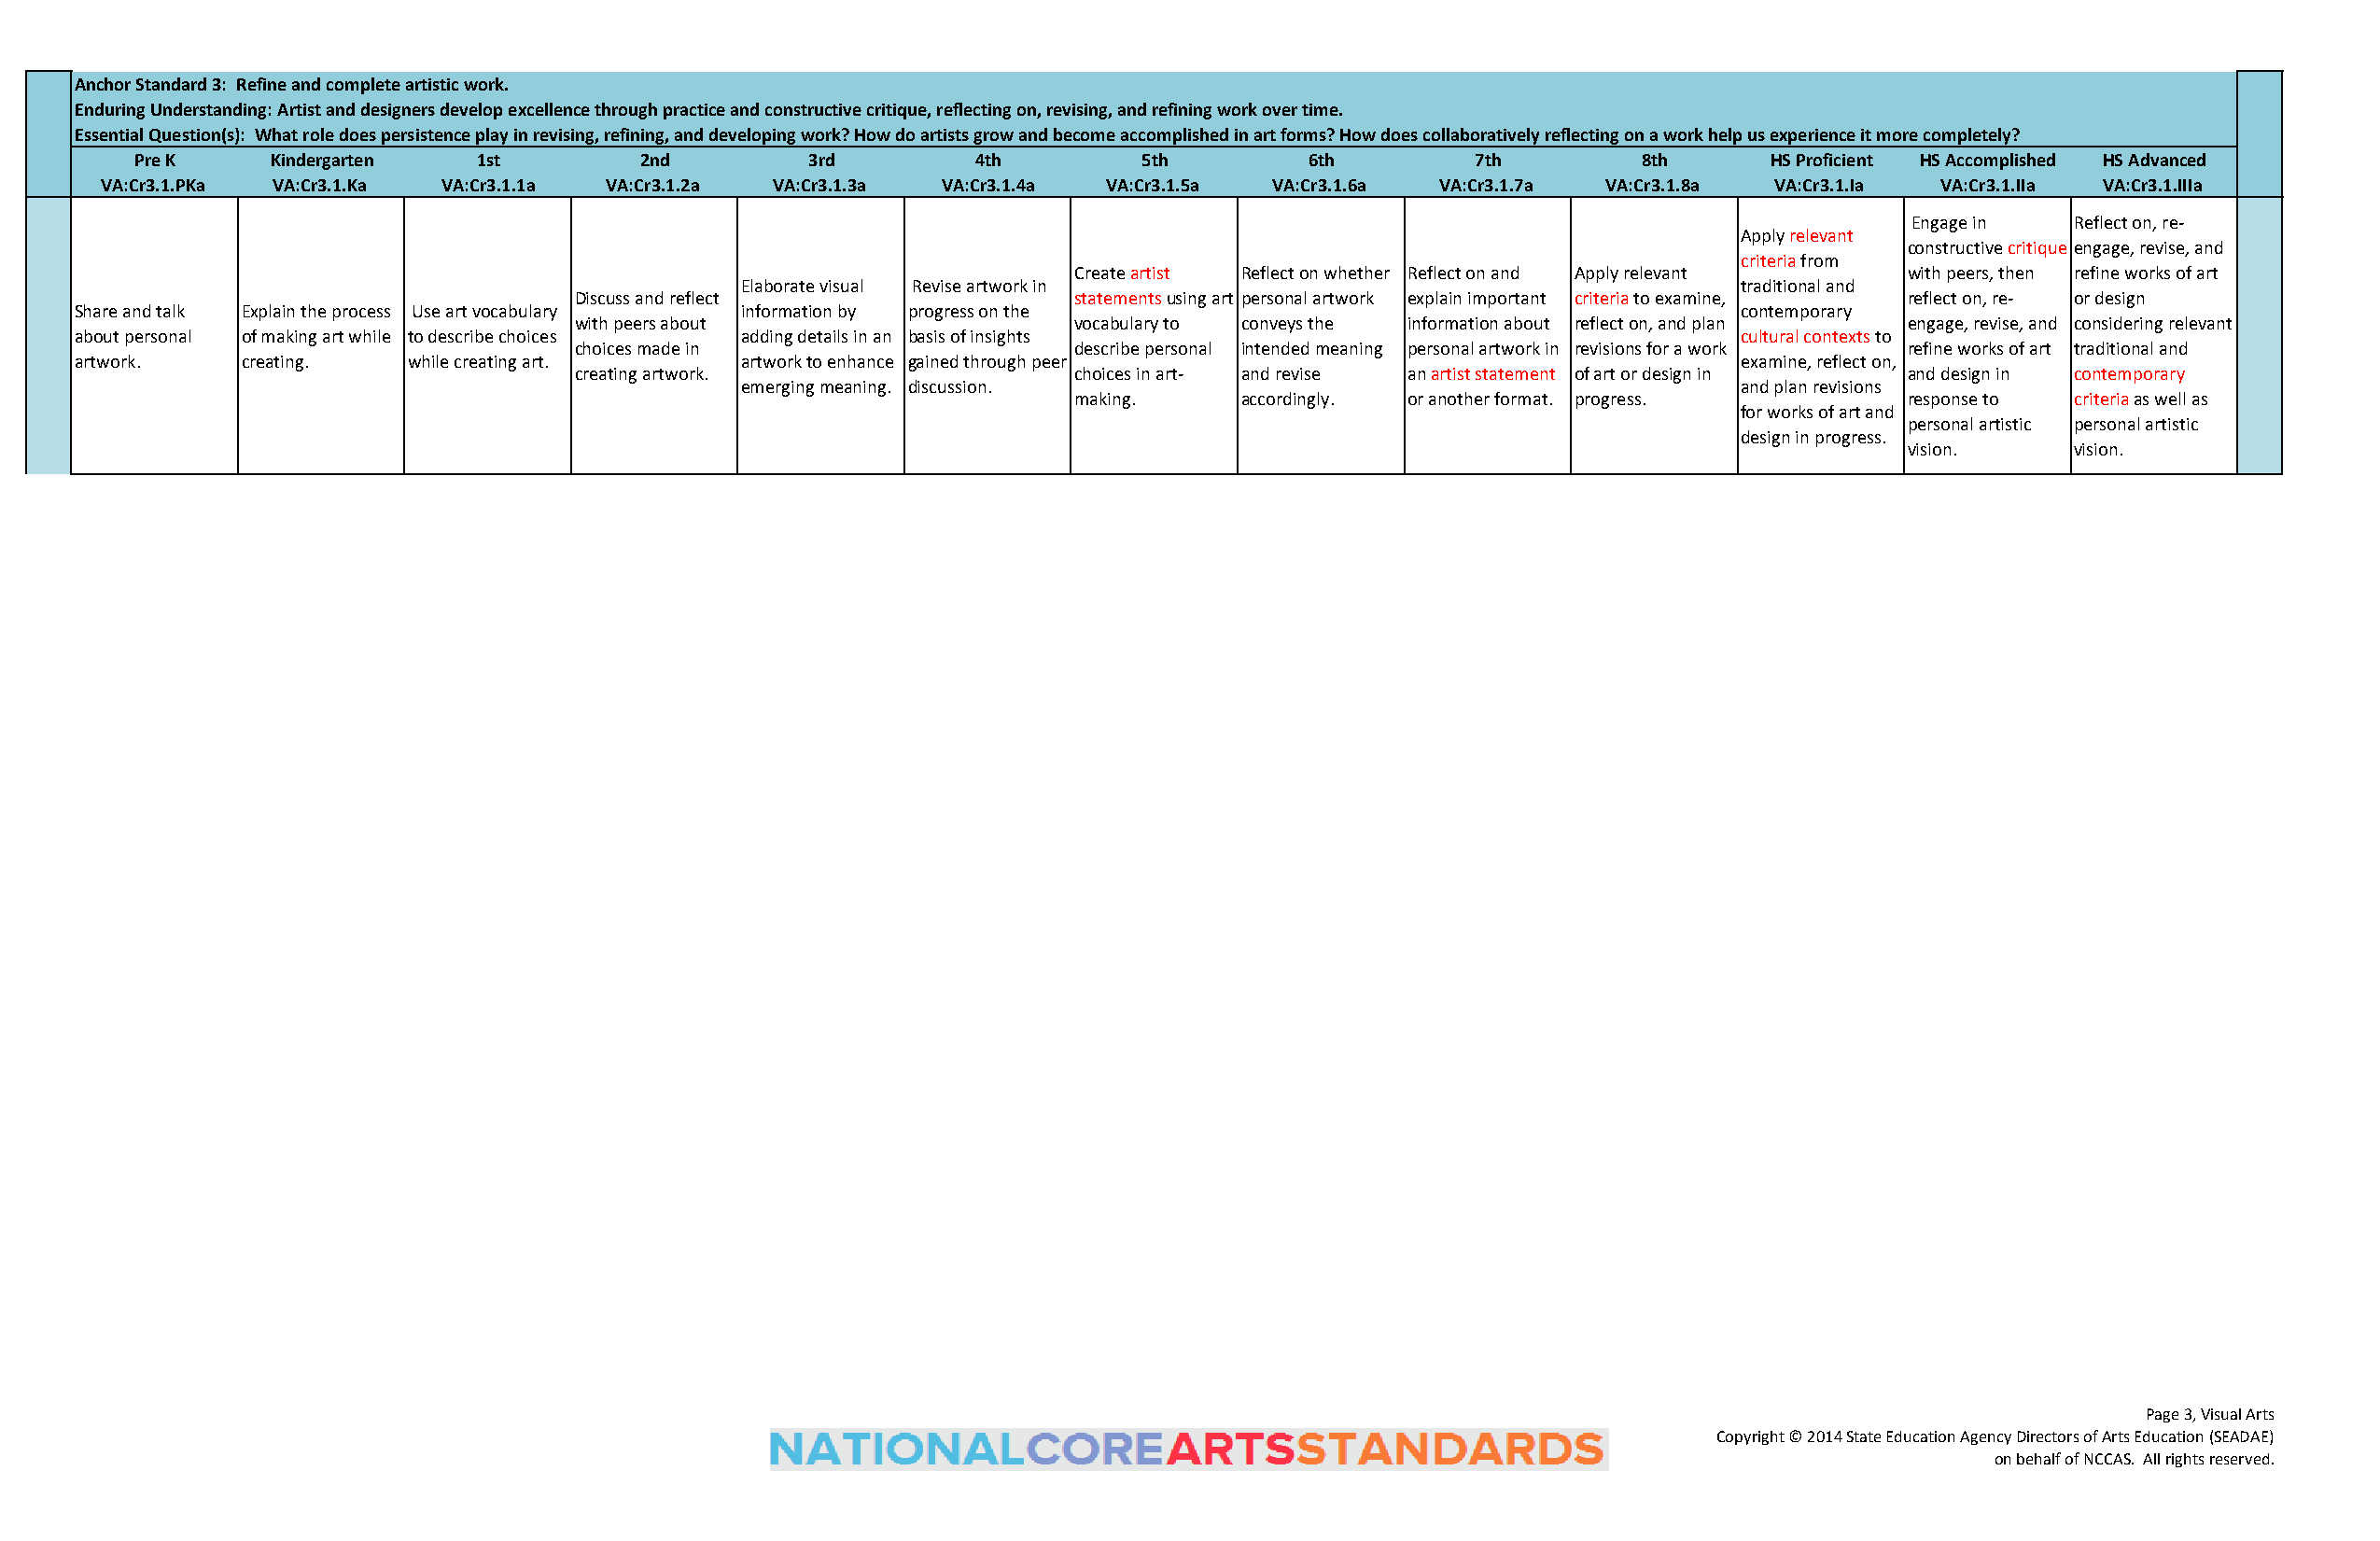
Anchor Standard 3: Refine and complete artistic work.
 Enduring Understanding: Artist and designers develop excellence through practice and constructive critique, reflecting on, revising, and refining work over time.
 Essential Question(s): What role does persistence play in revising, refining, and developing work? How do artists grow and become accomplished in art forms? How does collaboratively reflecting on a work help us experience it more completely?
 Pre K    Kindergarten   1st        2nd         3rd         4th         5th         6th         7th        8th       HS Proficient HS Accomplished HS Advanced
 VA:Cr3.1.PKa VA:Cr3.1.Ka VA:Cr3.1.1a VA:Cr3.1.2a VA:Cr3.1.3a VA:Cr3.1.4a VA:Cr3.1.5a VA:Cr3.1.6a VA:Cr3.1.7a VA:Cr3.1.8a VA:Cr3.1.Ia VA:Cr3.1.IIa VA:Cr3.1.IIIa
 Engage in  Reflect on, re-
 Apply relevant
 constructive critique engage, revise, and
 criteria from
 Create artist Reflect on whether Reflect on and Apply relevant with peers, then refine works of art
 Elaborate visual Revise artwork in                                    traditional and
 Discuss and reflect                statements using art personal artwork explain important criteria to examine, reflect on, re- or design
 Share and talk Explain the process Use art vocabulary information by progress on the                                  contemporary
 with peers about                   vocabulary to conveys the information about reflect on, and plan engage, revise, and considering relevant
 about personal of making art while to describe choices adding details in an basis of insights                         cultural contexts to
 choices made in                    describe personal intended meaning personal artwork in revisions for a work refine works of art traditional and
 artwork.    creating.   while creating art.     artwork to enhance gained through peer                                examine, reflect on,
 creating artwork.                  choices in art- and revise an artist statement of art or design in and design in contemporary
 emerging meaning. discussion.                                         and plan revisions
 making.     accordingly. or another format. progress.      response to criteria as well as
 for works of art and
 personal artistic personal artistic
 design in progress.
 vision.     vision.
 Page 3, Visual Arts
 Copyright © 2014 State Education Agency Directors of Arts Education (SEADAE)
 on behalf of NCCAS. All rights reserved.